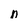
Character: n